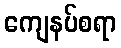
ကျေနပ်စရာ